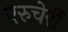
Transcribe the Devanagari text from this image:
एरुचेर्री